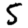
Digit: 5